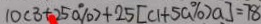
1 0 ( 3 + 2 5 0 \% ) + 2 5 [ c 1 + 5 a \% ) a ] = 7 8